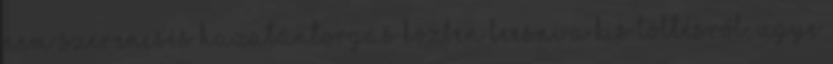
nem szerencsés hazatántorgás közben leesni a kis töltésről, ugye